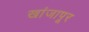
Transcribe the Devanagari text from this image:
खांजापूर